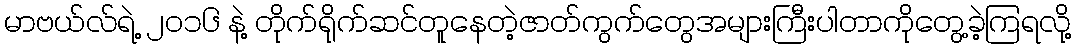
မာဗယ်လ်ရဲ့ ၂၀၁၆ နဲ့ တိုက်ရိုက်ဆင်တူနေတဲ့ဇာတ်ကွက်တွေအများကြီးပါတာကိုတွေ့ခဲ့ကြရလို့